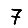
Digit: 7